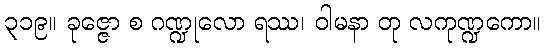
၃၁၉။ ခုဇ္ဇော စ ဂဏ္ဍုလော ရဿ၊ ဝါမနာ တု လကုဏ္ဍကော။